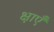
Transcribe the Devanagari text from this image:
क्षाएँ